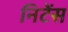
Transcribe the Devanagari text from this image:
निटेंस